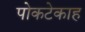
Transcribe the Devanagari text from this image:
पोकटेकाह